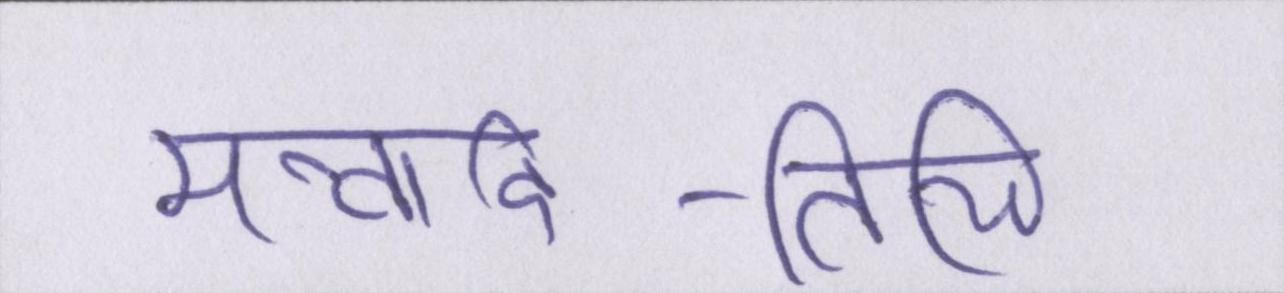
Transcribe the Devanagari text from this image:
मन्वादि-तिथि